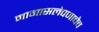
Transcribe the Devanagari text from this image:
मागासलेपणाचेच